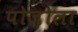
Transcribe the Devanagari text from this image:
पोज़ोला